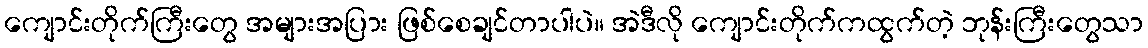
ကျောင်းတိုက်ကြီးတွေ အများအပြား ဖြစ်စေချင်တာပါပဲ။ အဲဒီလို ကျောင်းတိုက်ကထွက်တဲ့ ဘုန်းကြီးတွေသာ